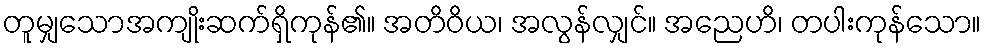
တူမျှသောအကျိုးဆက်ရှိကုန်၏။ အတိဝိယ၊ အလွန်လျှင်။ အညေဟိ၊ တပါးကုန်သော။